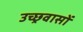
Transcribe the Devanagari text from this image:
उच्छ्रवासों